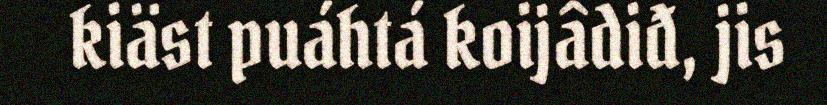
kiäst puáhtá koijâdiđ, jis